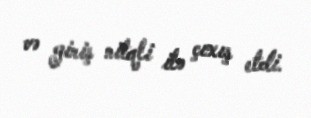
və giriş nitqli ilə çıxış etdi.